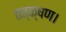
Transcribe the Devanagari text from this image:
तत्क्षण।